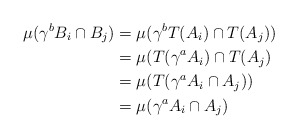
\begin{align*} \mu(\gamma^b B_i \cap B_j) & = \mu(\gamma^b T(A_i) \cap T(A_j)) \\ & = \mu(T(\gamma^a A_i) \cap T(A_j) \\ & = \mu(T(\gamma^a A_i \cap A_j)) \\ & = \mu(\gamma^a A_i \cap A_j) \end{align*}